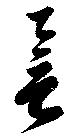
誉